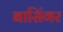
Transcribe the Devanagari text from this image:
बासिंगर